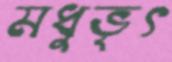
মধুভৃৎ